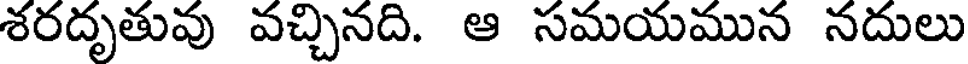
శరదృతువు వచ్చినది. ఆ సమయమున నదులు